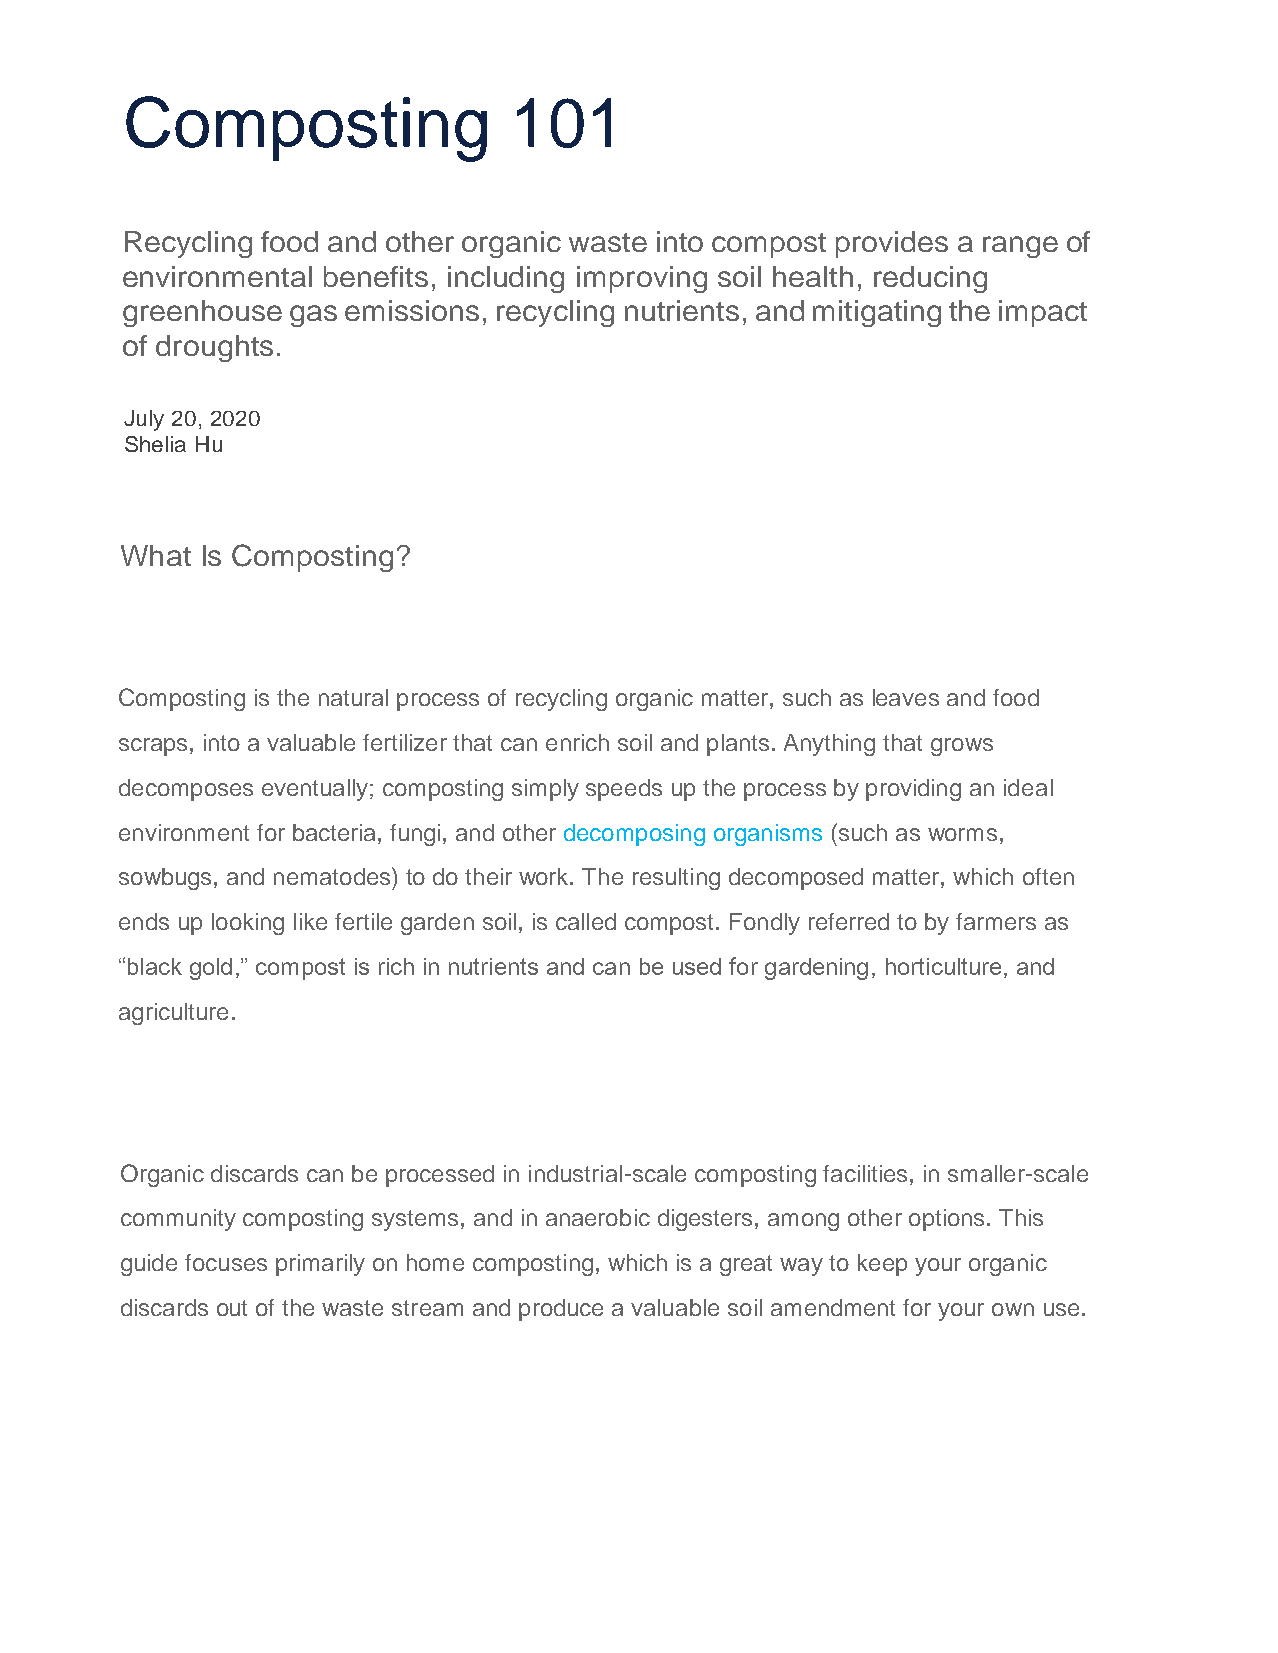
Composting                101
 Recycling food and other organic waste into compost provides a range of
 environmental benefits, including improving soil health, reducing
 greenhouse gas emissions, recycling nutrients, and mitigating the impact
 of droughts.
 July 20, 2020
 Shelia Hu
 What Is Composting?
 Composting is the natural process of recycling organic matter, such as leaves and food
 scraps, into a valuable fertilizer that can enrich soil and plants. Anything that grows
 decomposes eventually; composting simply speeds up the process by providing an ideal
 environment for bacteria, fungi, and other decomposing organisms (such as worms,
 sowbugs, and nematodes) to do their work. The resulting decomposed matter, which often
 ends up looking like fertile garden soil, is called compost. Fondly referred to by farmers as
 “black gold,” compost is rich in nutrients and can be used for gardening, horticulture, and
 agriculture.
 Organic discards can be processed in industrial-scale composting facilities, in smaller-scale
 community composting systems, and in anaerobic digesters, among other options. This
 guide focuses primarily on home composting, which is a great way to keep your organic
 discards out of the waste stream and produce a valuable soil amendment for your own use.